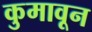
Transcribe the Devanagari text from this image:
कुमावून